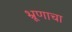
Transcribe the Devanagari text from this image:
भ्रूणाचा